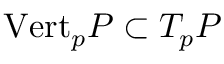
{ \mathrm { V e r t } } _ { p } P \subset T _ { p } P